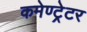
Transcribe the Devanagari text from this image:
कमेण्ट्रेटर